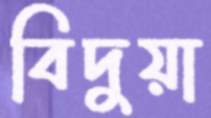
বিদুয়া